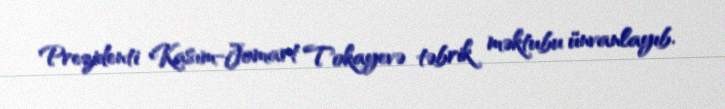
Prezidenti Kasım-Jomart Tokayevə təbrik məktubu ünvanlayıb.